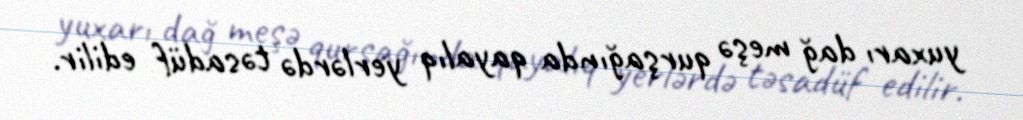
yuxarı dağ meşə qurşağında qayalıq yerlərdə təsadüf edilir.